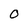
Character: O